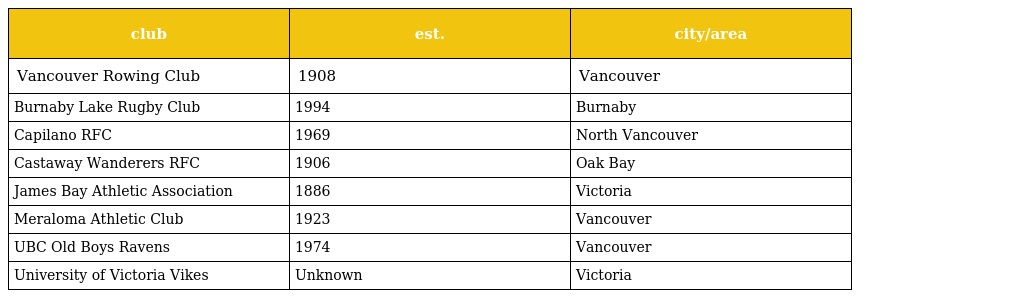
| club | est. | city/area |
 | --- | --- | --- |
 | Vancouver Rowing Club | 1908 | Vancouver |
 | Burnaby Lake Rugby Club | 1994 | Burnaby |
 | Capilano RFC | 1969 | North Vancouver |
 | Castaway Wanderers RFC | 1906 | Oak Bay |
 | James Bay Athletic Association | 1886 | Victoria |
 | Meraloma Athletic Club | 1923 | Vancouver |
 | UBC Old Boys Ravens | 1974 | Vancouver |
 | University of Victoria Vikes | Unknown | Victoria |